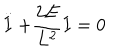
LaTeX: \stackrel { \cdot \cdot } { I } + \frac { 2 E } { L ^ { 2 } } I = 0